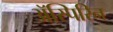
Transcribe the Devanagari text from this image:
अॅस्पिरिन